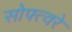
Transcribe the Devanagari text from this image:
सोफ्त्वरे